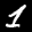
Label: 1